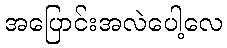
အပြောင်းအလဲပေါ့လေ